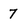
Character: 7